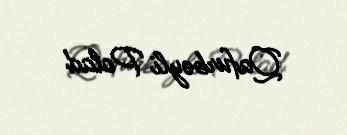
Qafurbəyli Polad